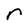
Character: r